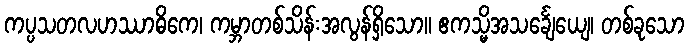
ကပ္ပသတလဟဿာဓိကေ၊ ကမ္ဘာတစ်သိန်းအလွန်ရှိသော။ ဧကသ္မိအသင်္ချေယျေ၊ တစ်ခုသော